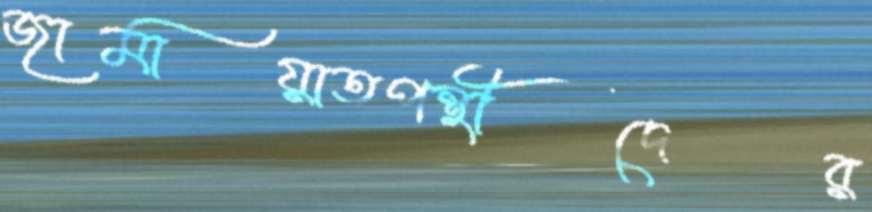
জামায়াতপন্থীদের